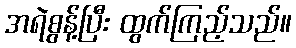
အရဲစွန့်ပြီး ထွက်ကြည့်သည်။